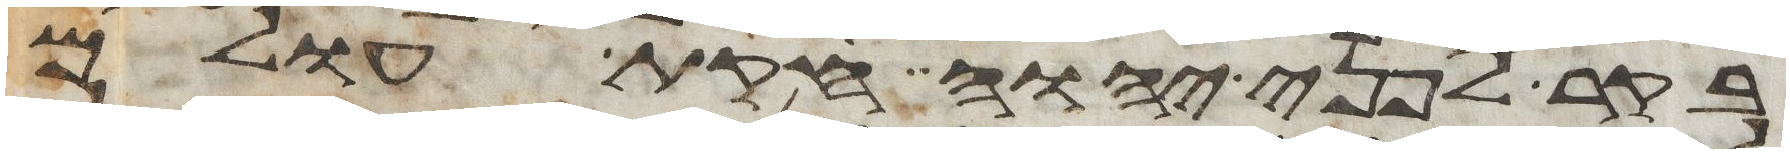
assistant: בקר לפני יהוה חקות עולם